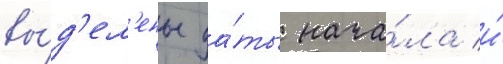
вы́д'ел'ены да́ты нача́ла и́